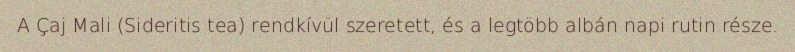
A Çaj Mali (Sideritis tea) rendkívül szeretett, és a legtöbb albán napi rutin része.